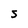
Character: s